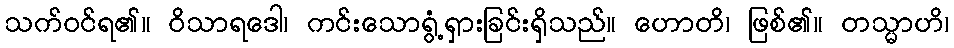
သက်ဝင်ရ၏။ ဝိသာရဒေါ၊ ကင်းသောရွံ့ရှားခြင်းရှိသည်။ ဟောတိ၊ ဖြစ်၏။ တသ္မာဟိ၊